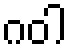
ဂဝါ